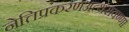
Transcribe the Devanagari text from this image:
नेत्तिप्रकरणअत्थसंवण्णा